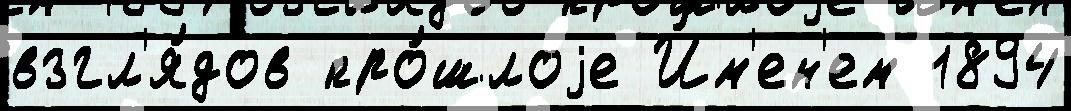
взгл'я́дов про́шлоjе И́м'ен'ем 1894